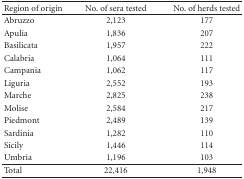
<table><thead><tr><td><b>Region of origin</b></td><td><b>No. of sera tested</b></td><td><b>No. of herds tested</b></td></tr></thead><tbody><tr><td>Abruzzo</td><td>2,123</td><td>177</td></tr><tr><td>Apulia</td><td>1,836</td><td>207</td></tr><tr><td>Basilicata</td><td>1,957</td><td>222</td></tr><tr><td>Calabria</td><td>1,064</td><td>111</td></tr><tr><td>Campania</td><td>1,062</td><td>117</td></tr><tr><td>Liguria</td><td>2,552</td><td>193</td></tr><tr><td>Marche</td><td>2,825</td><td>238</td></tr><tr><td>Molise</td><td>2,584</td><td>217</td></tr><tr><td>Piedmont</td><td>2,489</td><td>139</td></tr><tr><td>Sardinia</td><td>1,282</td><td>110</td></tr><tr><td>Sicily</td><td>1,446</td><td>114</td></tr><tr><td>Umbria</td><td>1,196</td><td>103</td></tr><tr><td>Total</td><td>22,416</td><td>1,948</td></tr></tbody></table>